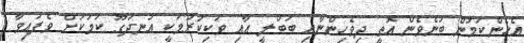
އެހެންކަމުން ބުނެވެން އޮތީ ދިވެހިންނާއި ބަބްލީ އާއި ވަކިކުރުމަކީ އުނދަގޫ ކަމަކަށް ވެފައިވާ